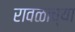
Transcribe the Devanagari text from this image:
रावळाच्या